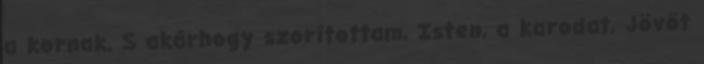
a kornak. S akárhogy szorítottam, Isten, a karodat, Jövőt